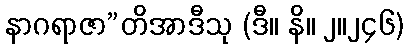
နာဂရာဇာ”တိအာဒီသု (ဒီ။ နိ။ ၂။၂၄၆)